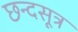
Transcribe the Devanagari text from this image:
छन्दसूत्र